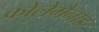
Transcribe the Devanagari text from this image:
कोलेमैनाइट